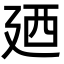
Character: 廼